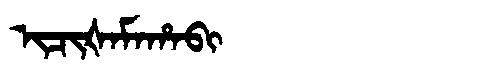
Manchu: ᡳᠴᡳᡧᠠᠮᠠᡥᠠᠪᡳ
Romanization: ICIŠAMAHABI